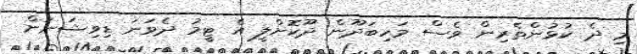
މި ދެ ކުޅުންތެރިން ވެސް މަހިބަދޫން ދޫކޮށްލީ އެ ޓީމު ދެވަނަ ޑިވިޝަނަށް